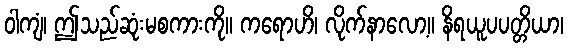
ဝါကျံ၊ ဤသည်ဆုံးမစကားကို။ ကရောဟိ၊ လိုက်နာလော့။ နိရယူပပတ္တိယာ၊